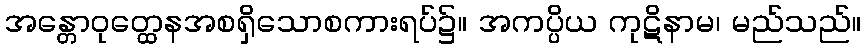
အန္တောဝုတ္ထေနအစရှိသောစကားရပ်၌။ အကပ္ပိယ ကုဋိနာမ၊ မည်သည်။